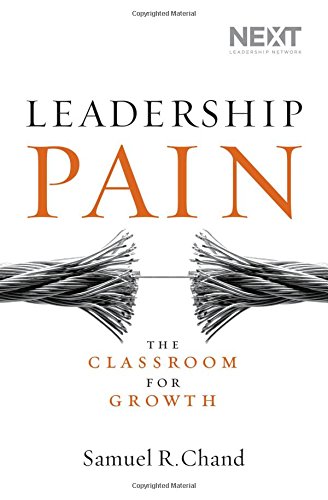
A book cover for Leadership Pain: The Classroom for Growth; Samuel Chand; Christian Books & Bibles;